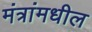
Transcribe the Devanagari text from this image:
मंत्रांमधील